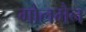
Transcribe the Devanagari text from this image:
गोलमैन